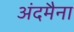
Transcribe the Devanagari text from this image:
अंदमैना